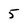
Character: 5